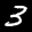
Label: 3